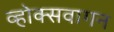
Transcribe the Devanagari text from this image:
व्होक्सवागन